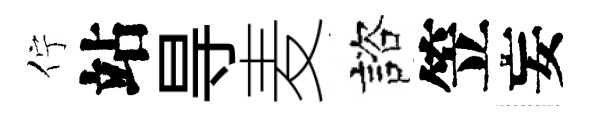
佇站㝵麦諮笠妄